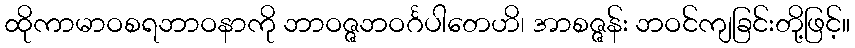
ထိုကာမာဝစရဘာဝနာကို ဘာဝဇ္ဇဘဝင်္ဂပါတေဟိ၊ အာစဇ္ဇန်း ဘဝင်ကျခြင်းတို့ဖြင့်။